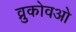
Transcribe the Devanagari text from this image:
व्नुकोवओ